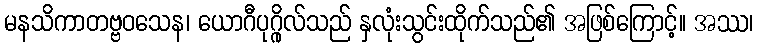
မနသိကာတဗ္ဗဝသေန၊ ယောဂီပုဂ္ဂိုလ်သည် နှလုံးသွင်းထိုက်သည်၏ အဖြစ်ကြောင့်။ အဿ၊